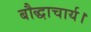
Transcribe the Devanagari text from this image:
बौद्धाचार्य।